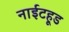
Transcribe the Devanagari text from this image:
नाईटहूड